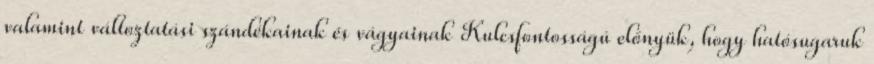
valamint változtatási szándékainak és vágyainak Kulcsfontosságú előnyük, hogy hatósugaruk